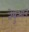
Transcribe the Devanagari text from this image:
तेयुआन